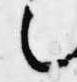
之